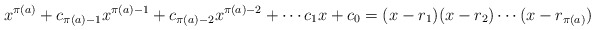
\begin{align*}x^{\pi(a)} + c_{\pi(a) - 1}x^{\pi(a) - 1} + c_{\pi(a) - 2}x^{\pi(a) - 2} + \cdots c_1x + c_0 = (x - r_1)(x - r_2)\cdots(x - r_{\pi(a)})\end{align*}